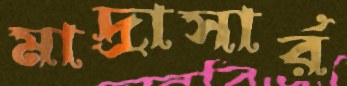
মাদ্রাসার্র